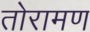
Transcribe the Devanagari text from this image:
तोरामण